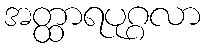
အတ္ထာရပုဂ္ဂလာ